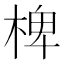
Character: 椑